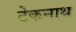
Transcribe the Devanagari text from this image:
टेकनाथ